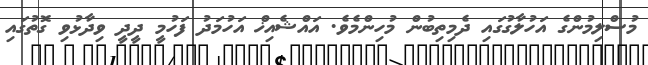
މުސްލިމުންގެ އަހުލާގުގައި ދެމިތިބުން މުހިންމެވެ. އައްޝެއިޚް އަހުމަދު ފަހުމީ ދީދީ ވިދާޅުވި ގޮތުގައި